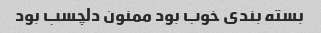
بسته بندی خوب بود ممنون دلچسب بود